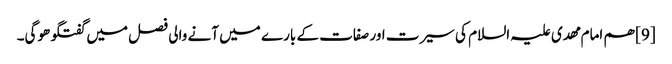
[9] ھم امام مھدی علیہ السلام کی سیرت اور صفات کے بارے میں آنے والی فصل میں گفتگو ھوگی۔